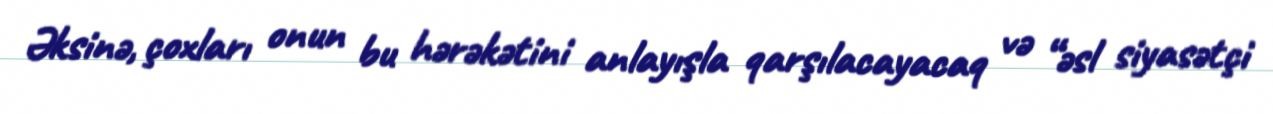
Əksinə, çoxları onun bu hərəkətini anlayışla qarşılacayacaq və “əsl siyasətçi